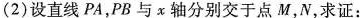
(2)设直线PA，PB与x轴分别交于点M，N，求证：